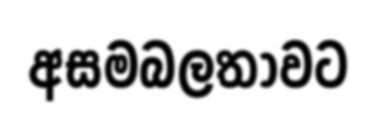
අසමබලතාවට